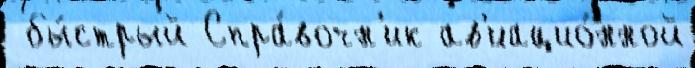
 бы́стрый Спра́вочн'ик ав'иацио́нной